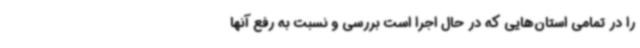
را در تمامی استان‌هایی که در حال اجرا است بررسی و نسبت به رفع آنها